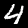
Label: 4